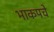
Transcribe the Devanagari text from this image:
भाकपचे